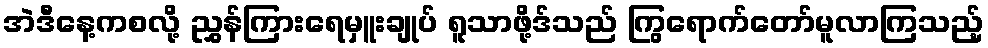
အဲဒီနေ့ကစလို့ ညွှန်ကြားရေမှူးချုပ် ရူသာဖို့ဒ်သည် ကြွရောက်တော်မူလာကြသည့်